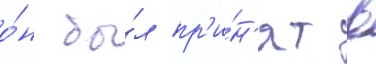
о́н бы́л пр'и́н'ят в